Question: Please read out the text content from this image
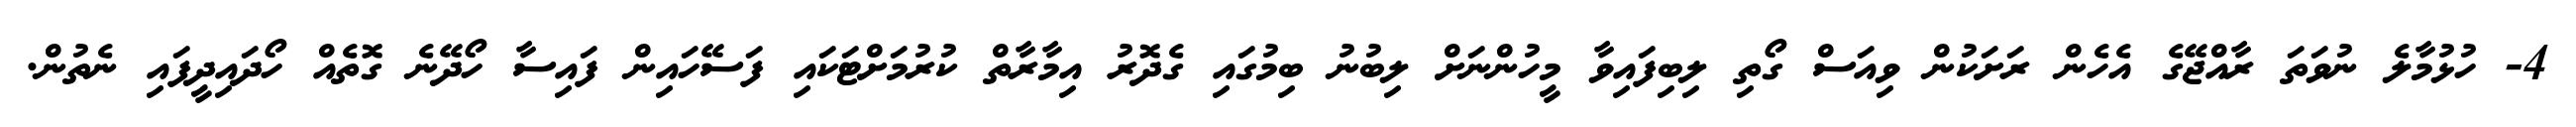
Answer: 4- ހުޅުމާލެ ނުވަތަ ރާއްޖޭގެ އެހެން ރަށަކުން ވިއަސް ގޯތި ލިބިފައިވާ މީހުންނަށް ލިބުނު ބިމުގައި ގެދޮރު އިމާރާތް ކުރުމަށްޓަކައި ފަސޭހައިން ފައިސާ ހޯދޭނެ ގޮތެއް ހޯދައިދީފައި ނެތުން.